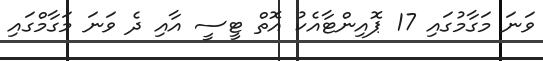
ވަނަ މަގާމުގައި 17 ޕޮއިންޓާއެކު އޮތް ޓީސީ އާއި ދެ ވަނަ މަގާމްގައި